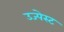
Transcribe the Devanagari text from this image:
उज्पेस्ट